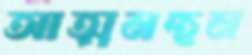
আত্মমন্থন